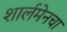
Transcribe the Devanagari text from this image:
शार्लमेनचा